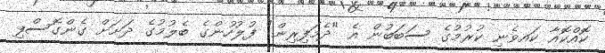
ކޮއްކޮއާ ކައވެނި ކުރުމުގެ ސަބަބުން އެ "ދެމަފިރިން" ފުލުހުންގެ ބެލުމުގެ ދަށަށް ގެންގޮސްފި